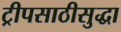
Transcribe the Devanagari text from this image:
ट्रीपसाठीसुद्धा